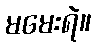
မမေးရဲ။